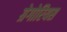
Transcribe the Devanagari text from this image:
ग्रेगोरियस